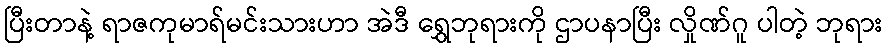
ပြီးတာနဲ့ ရာဇကုမာရ်မင်းသားဟာ အဲဒီ ရွှေဘုရားကို ဌာပနာပြီး လှိုဏ်ဂူ ပါတဲ့ ဘုရား